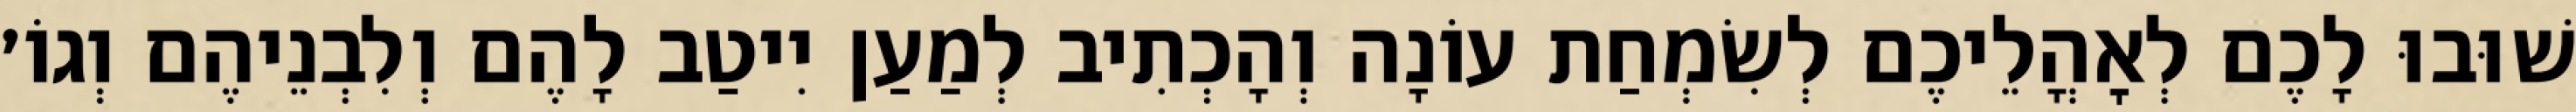
שׁוּבוּ לָכֶם לְאׇהֳלֵיכֶם לְשִׂמְחַת עוֹנָה וְהָכְתִיב לְמַעַן יִיטַב לָהֶם וְלִבְנֵיהֶם וְגוֹ׳